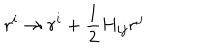
r ^ { i } \rightarrow r ^ { i } + { \frac { 1 } { 2 } } H _ { i j } r ^ { j }